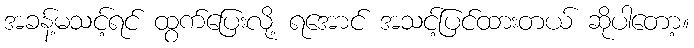
အခန့်မသင့်ရင် ထွက်ပြေးလို့ ရအောင် အသင့်ပြင်ထားတယ် ဆိုပါတော့။